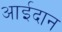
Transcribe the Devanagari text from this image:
आईदान